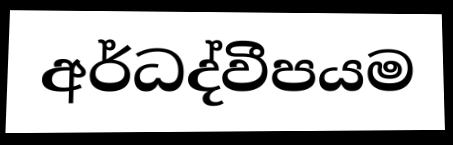
අර්ධද්වීපයම